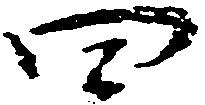
四